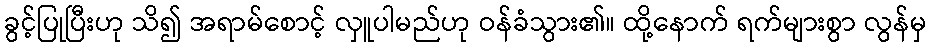
ခွင့်ပြုပြီးဟု သိ၍ အရာမ်စောင့် လှူပါမည်ဟု ဝန်ခံသွား၏။ ထို့နောက် ရက်များစွာ လွန်မှ